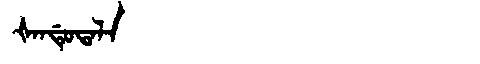
Manchu: ᡧᠠᠨᡩᡠᡨᠠᠯᠠ
Romanization: ŠANDUTALA